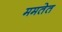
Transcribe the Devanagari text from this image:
ममतेत